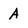
Character: A